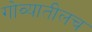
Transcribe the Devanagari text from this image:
गोव्यातीलच